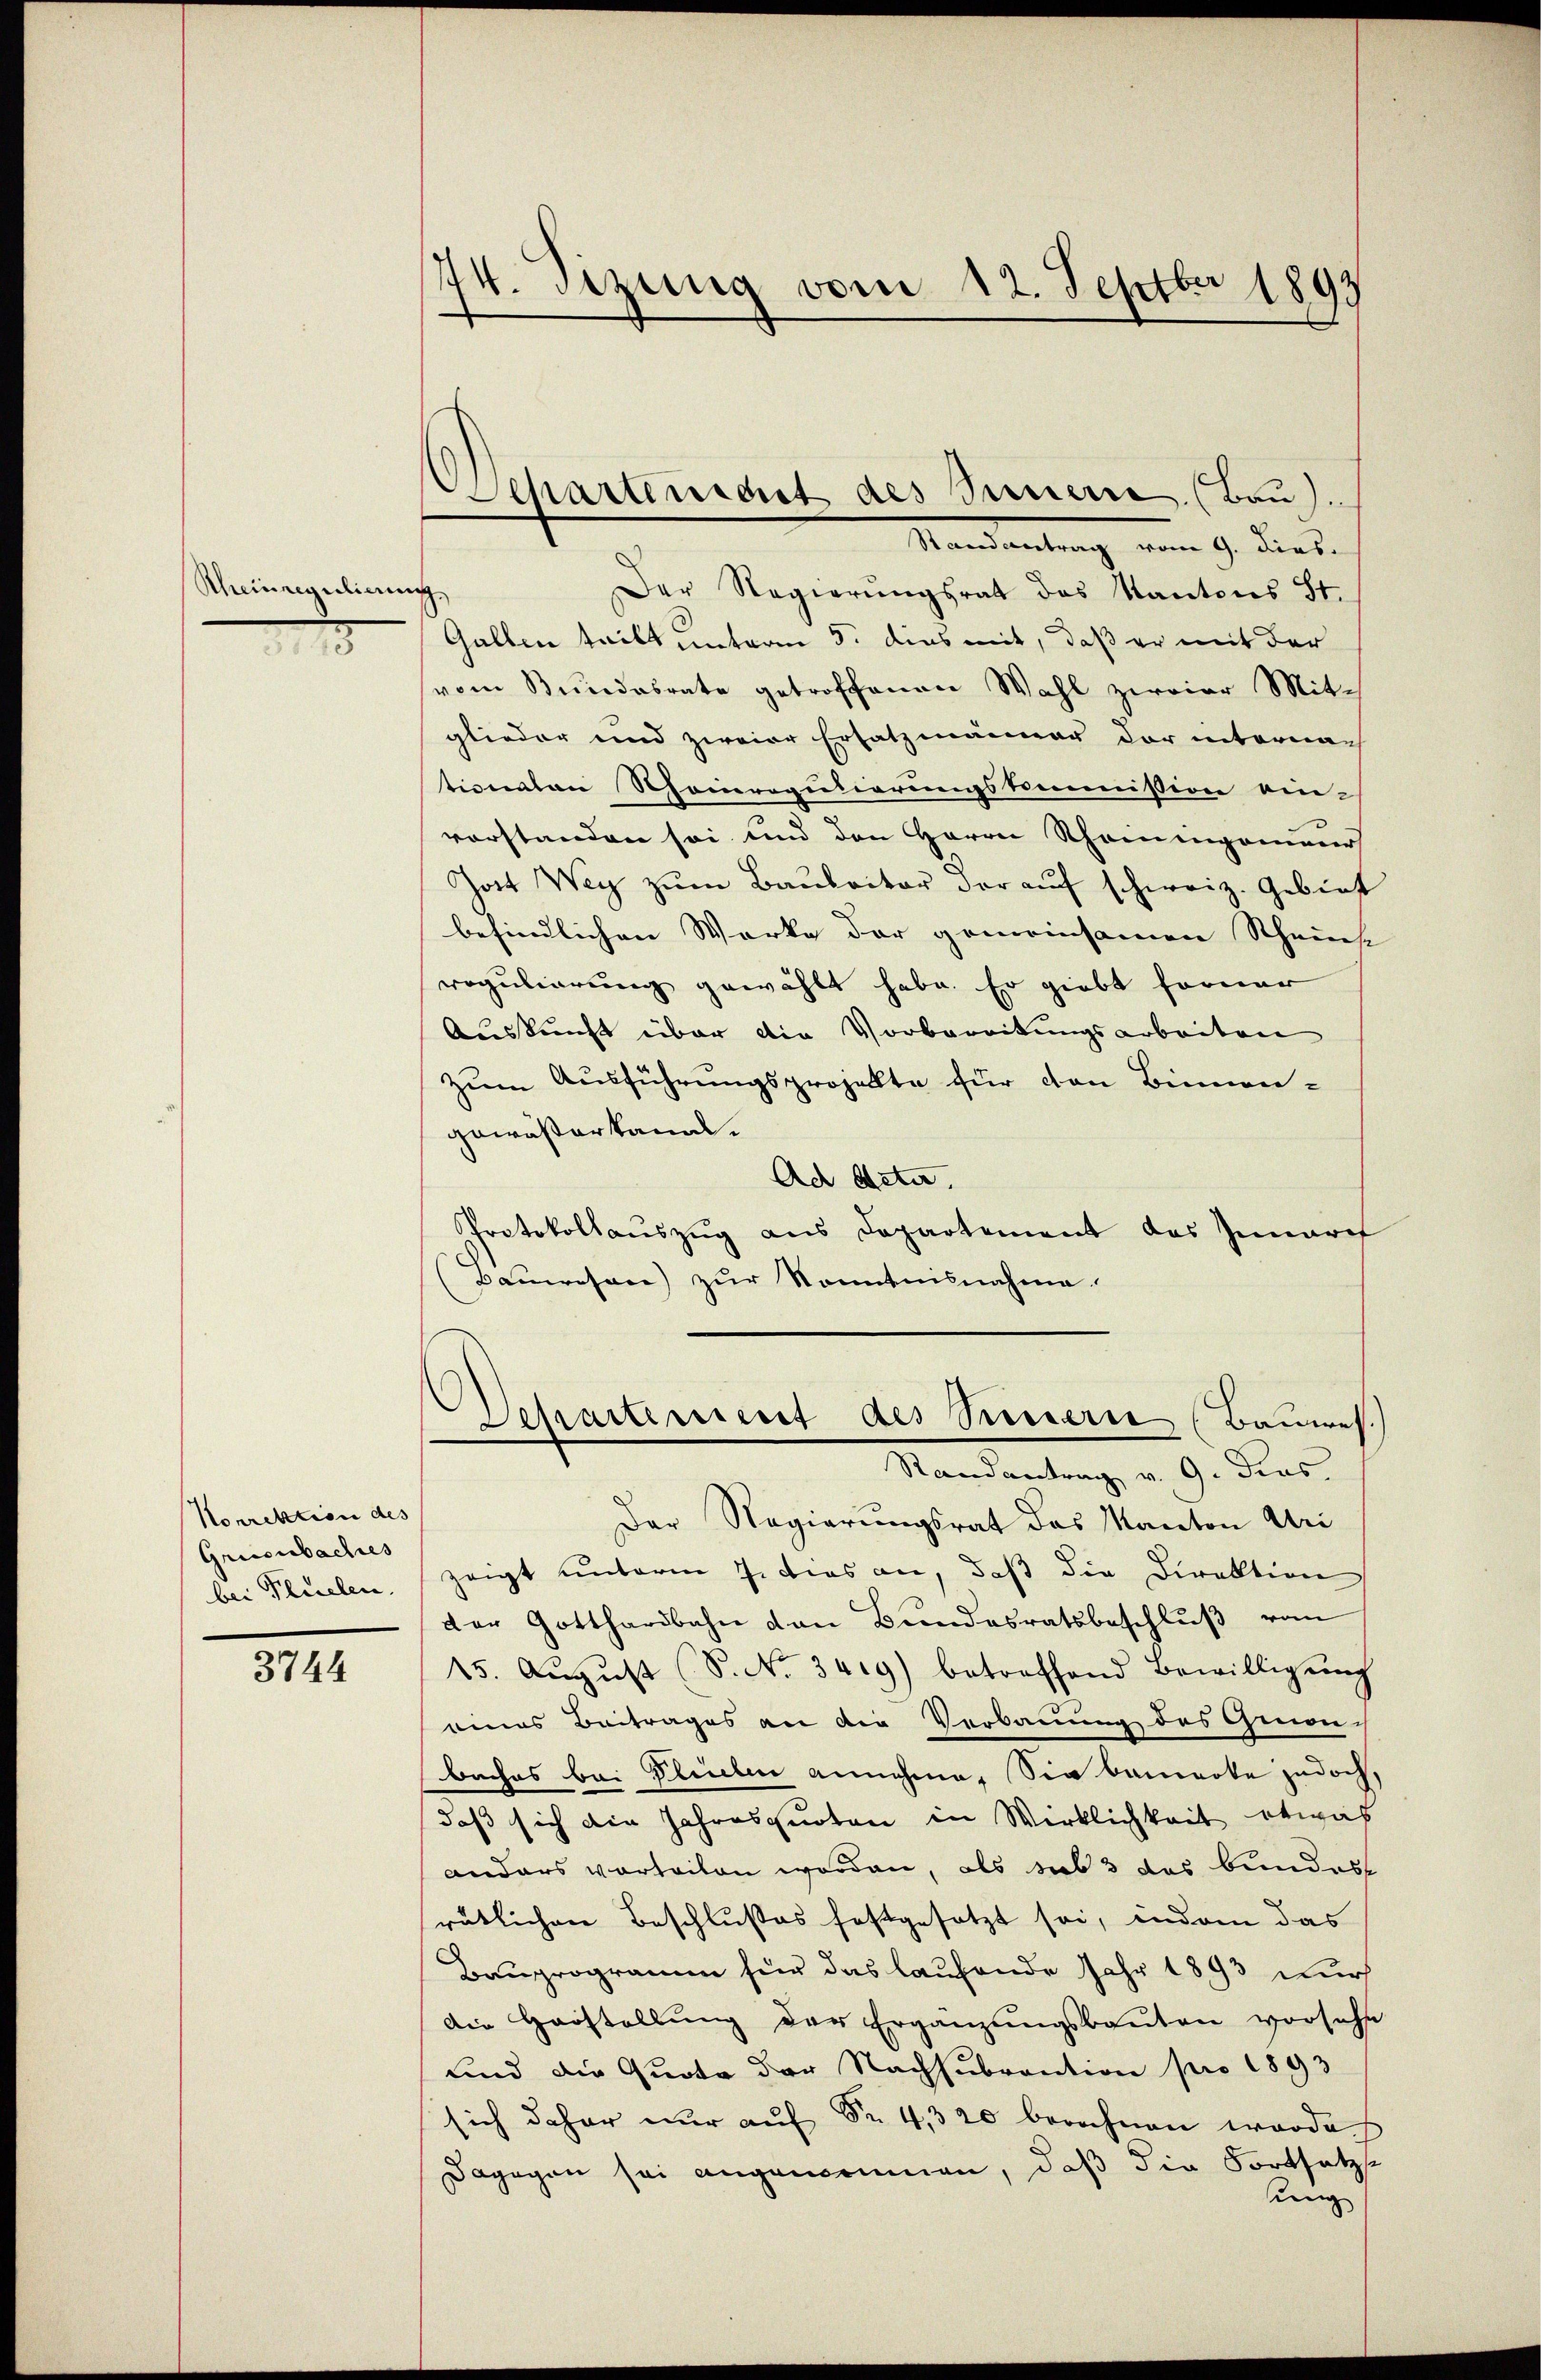
Rheinregulieren
1

Korrektion des
Grisibaches
bei Placelen.

3744

74. Sizung vom 12. Septbr 1893

Der Regierungsrat das Kanton Uri
zeigt unterm 7. dies an, daß die Direktion
der Gotthardbahn von Bundesratsbeschlŭβ vom
15. Aŭgŭst (S. No. 3419) betreffend Bewilligŭng
eines Beitrages an der Verbauung des Genon-
baches bei Plieben annehme. Sie bemerke jedoch,
daß sich die Jahresquoten in Wirklichkeit etwas
anders vorteilen worden, als das 3 das bundes
rätlichen Beschlußes festgesetzt sei, indem das
Bauprogramm für das laufende Jahr 1893 durch
Die Herstellŭng der Ergänzŭngsbaŭten vorsehe
und die Quote der Nachsubvention pro 1893
sich daher nur auf Nr. 4, 320 berechnen worde
Dagegen sei angenommen, daß die Fortsetze
ung

Scharteniget des Innern (Bau).
Randantrag vom 9. Dies.

s

Der Regierungsrat des Kantons St.
Gallen teilt unterm 5. dies mit, daß er mit der
vom Bŭndesrate getroffenen Wahl zweier Mit-
glieder und zweier Ersatzmänner der internan
tionalen Rheinreputierungskommission ein-
vorstanden sei und den Herrn Rhomingamens
Jost Weg zŭm Baubaitar der auf schweiz. Gebiet
befindlichen Werke der gemeinsamen Scheins. |
regulierung gewählt habe. Er giebt ferner
Auskunft über die Vorbereitungsarbeiten
zum Ausführungsprojekte für den Binnen-
gewässerkanal.
Ad Acte,
Protokollaŭszŭg ans Departement das Innarch
(Bauwesen) zur Kenntnisnahme

Separtement des Seesterie (Bauwes.)
Randantrag v. 9. dies